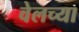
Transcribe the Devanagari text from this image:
वेलच्या